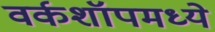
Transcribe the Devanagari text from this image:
वर्कशॉपमध्ये